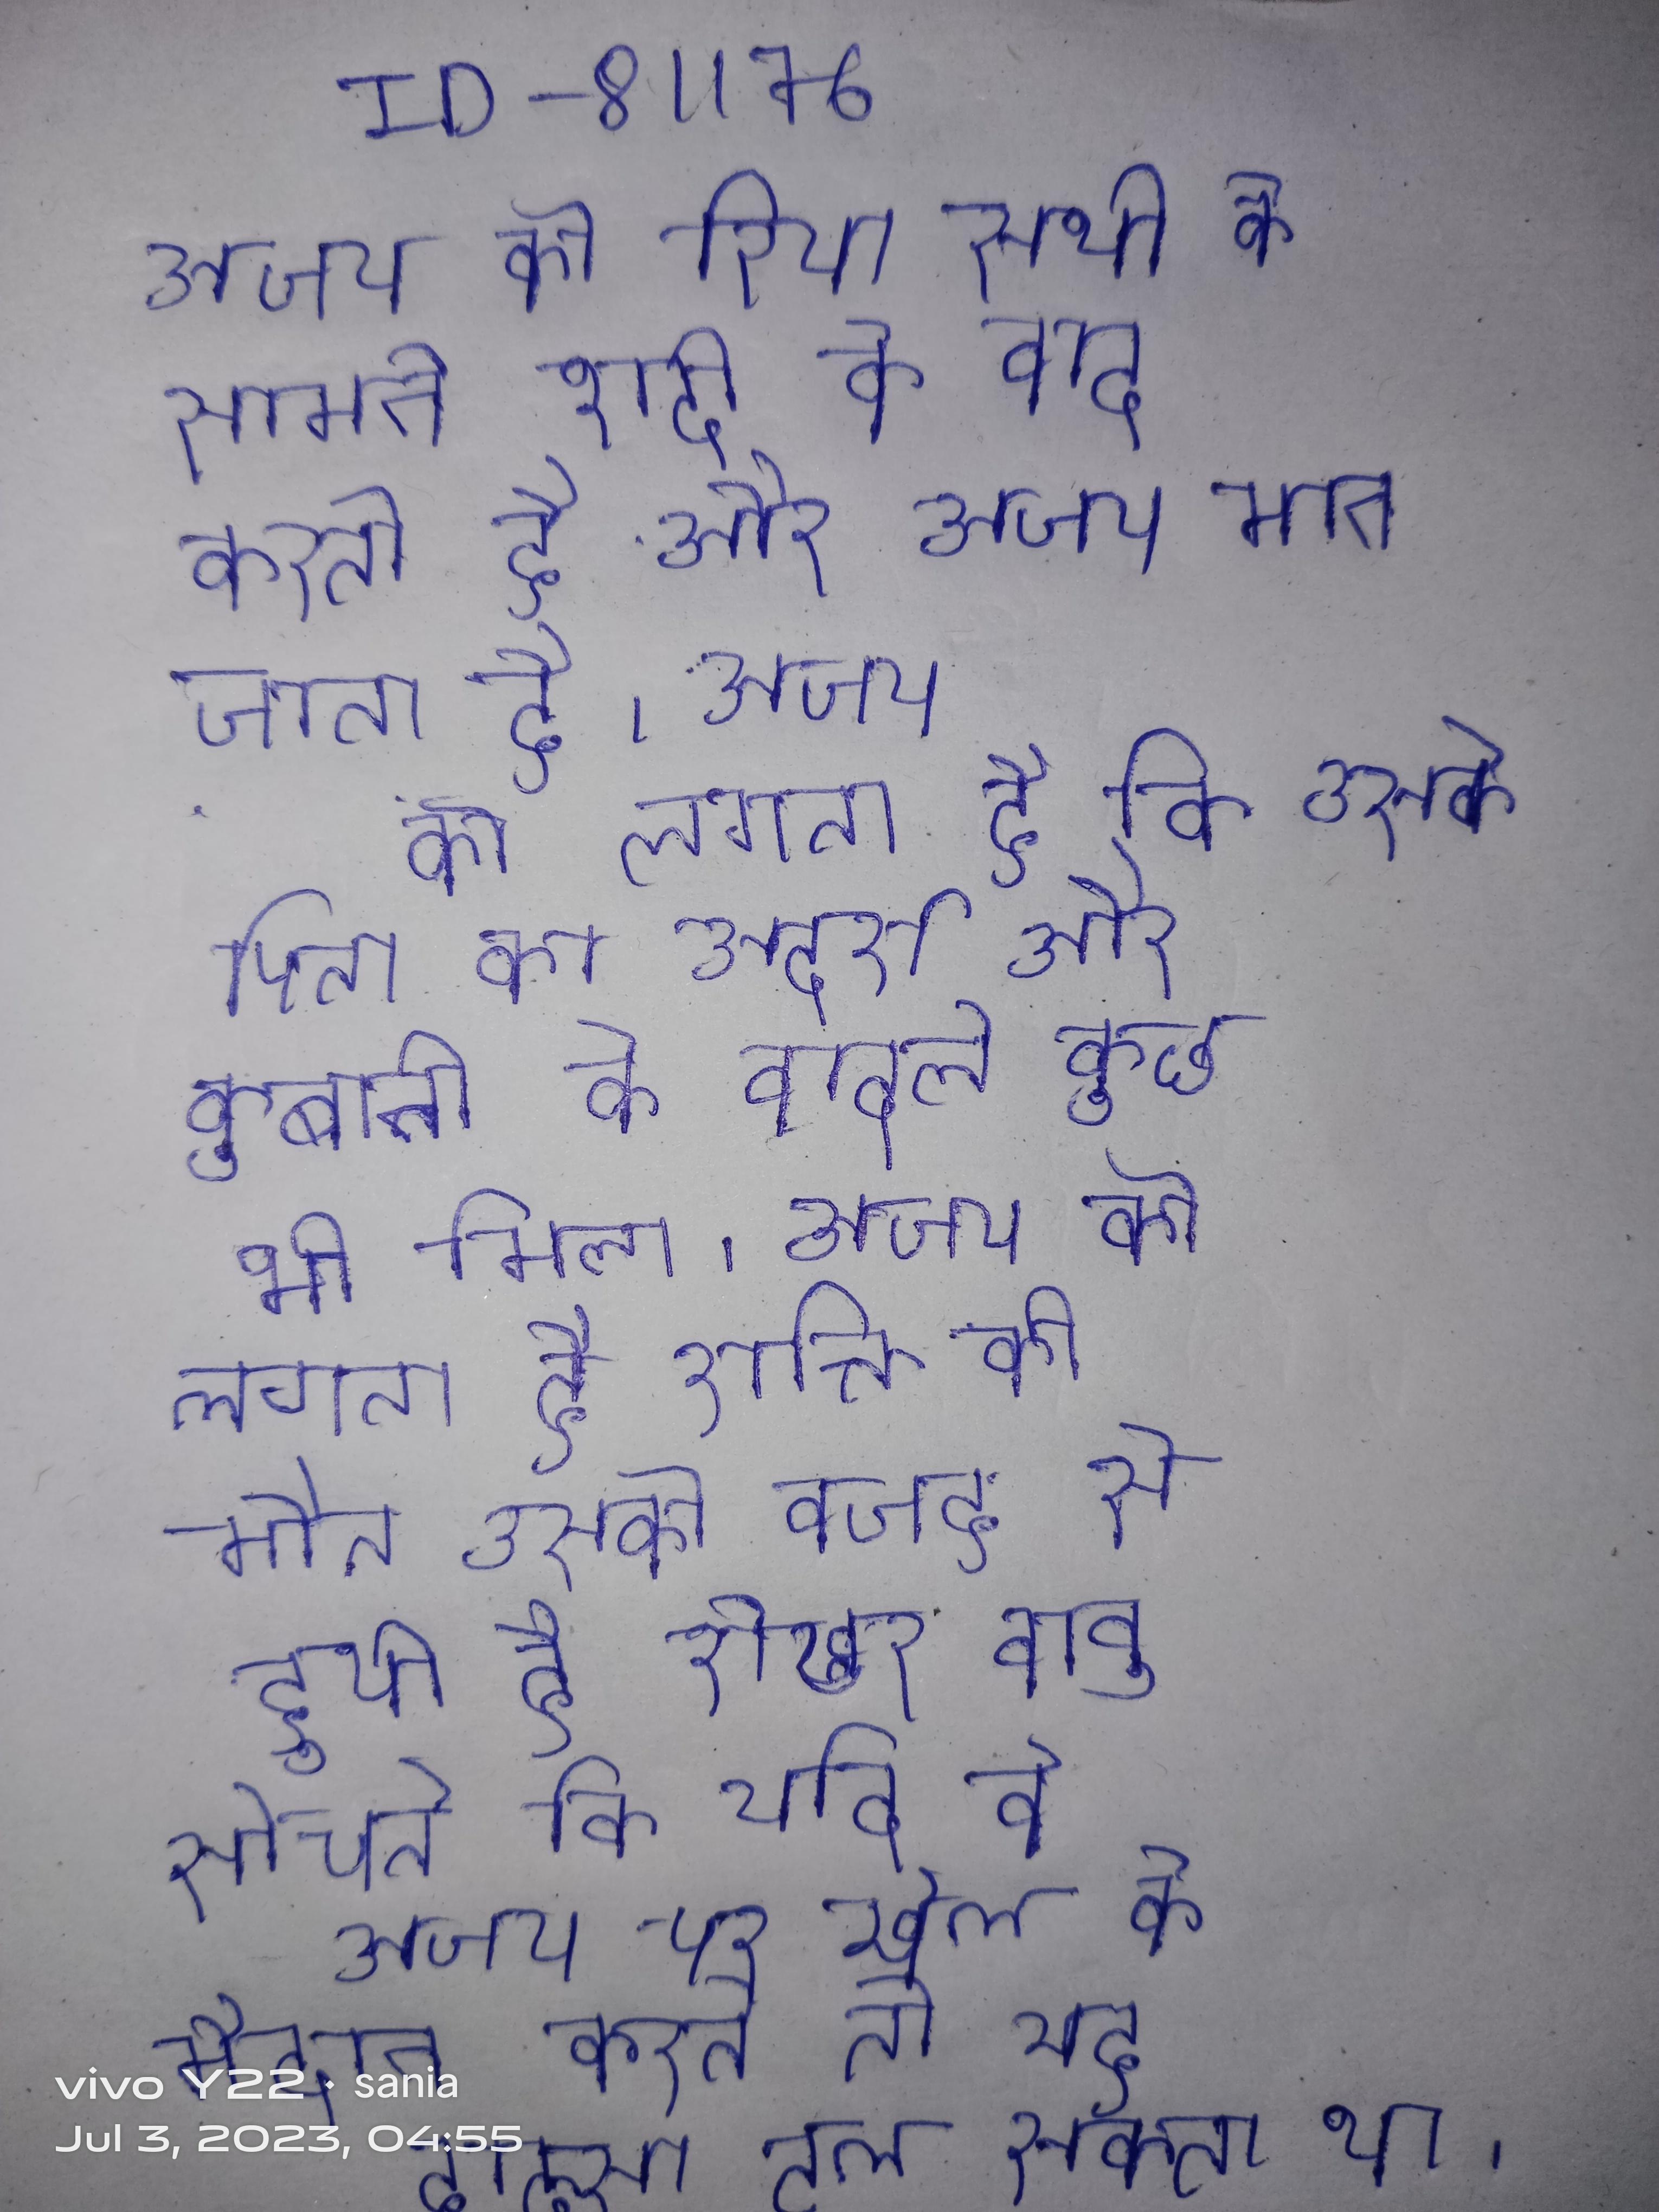
अजय को रिया सभी के सामने शादी की बात करती है और अजय मान जाता है । अजय को लगता है कि उसके पिता का आदर्श और कुर्बानी के बदले कुछ भी मिला । अजय को लगता है कि शक्ति की मौत उसकी वजह से हुयी है शेखर बाबू सोचते कि यदि वे अजय पर खेल के मैदान करते तो यह हादसा टल सकता था ।